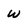
Character: w